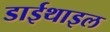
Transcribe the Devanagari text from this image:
डाईथाइल